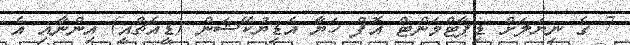
7 ގެ ނިޔަލަށް ޑިޕާޓްމަންޓް އޮފް ހަޔާ އެޑިޔުކޭޝަން (ޑީއެޗްއީ) އިންނާއި އެ